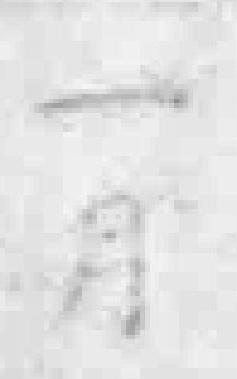
一月